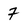
Character: 7